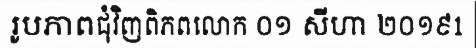
រូបភាពជុំវិញពិភពលោក ០១ សីហា ២០១៩1